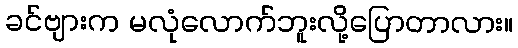
ခင်ဗျားက မလုံလောက်ဘူးလို့ပြောတာလား။